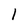
Character: 1